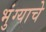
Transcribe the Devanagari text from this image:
भुंग्याचे